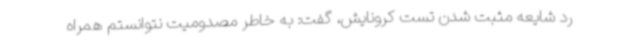
رد شایعه مثبت شدن تست کرونایش، گفت: به خاطر مصدومیت نتوانستم همراه